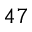
^ { 4 7 }